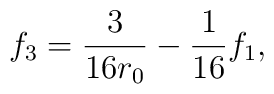
f_3 = \frac{3}{16r_0} - \frac{1}{16} f_1,